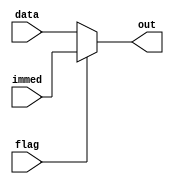
`timescale 1ns / 1ps
//////////////////////////////////////////////////////////////////////////////////
// Company: 
// Engineer: 
// 
// Design Name: 
// Module Name: mem_mux
// Project Name: 
// Target Devices: 
// Tool Versions: 
// Description: 
// 
// Dependencies: 
// 
// Revision:
// Revision 0.01 - File Created
// Additional Comments:
// 
//////////////////////////////////////////////////////////////////////////////////


module Mem_mux(
    input [31:0] data,
    input [31:0] immed,
    input flag,
    output reg [31:0] out
);

    always@(data, immed, flag)begin
        if (flag==0)
            out <= data;
        else
            out <=immed;
    end
endmodule